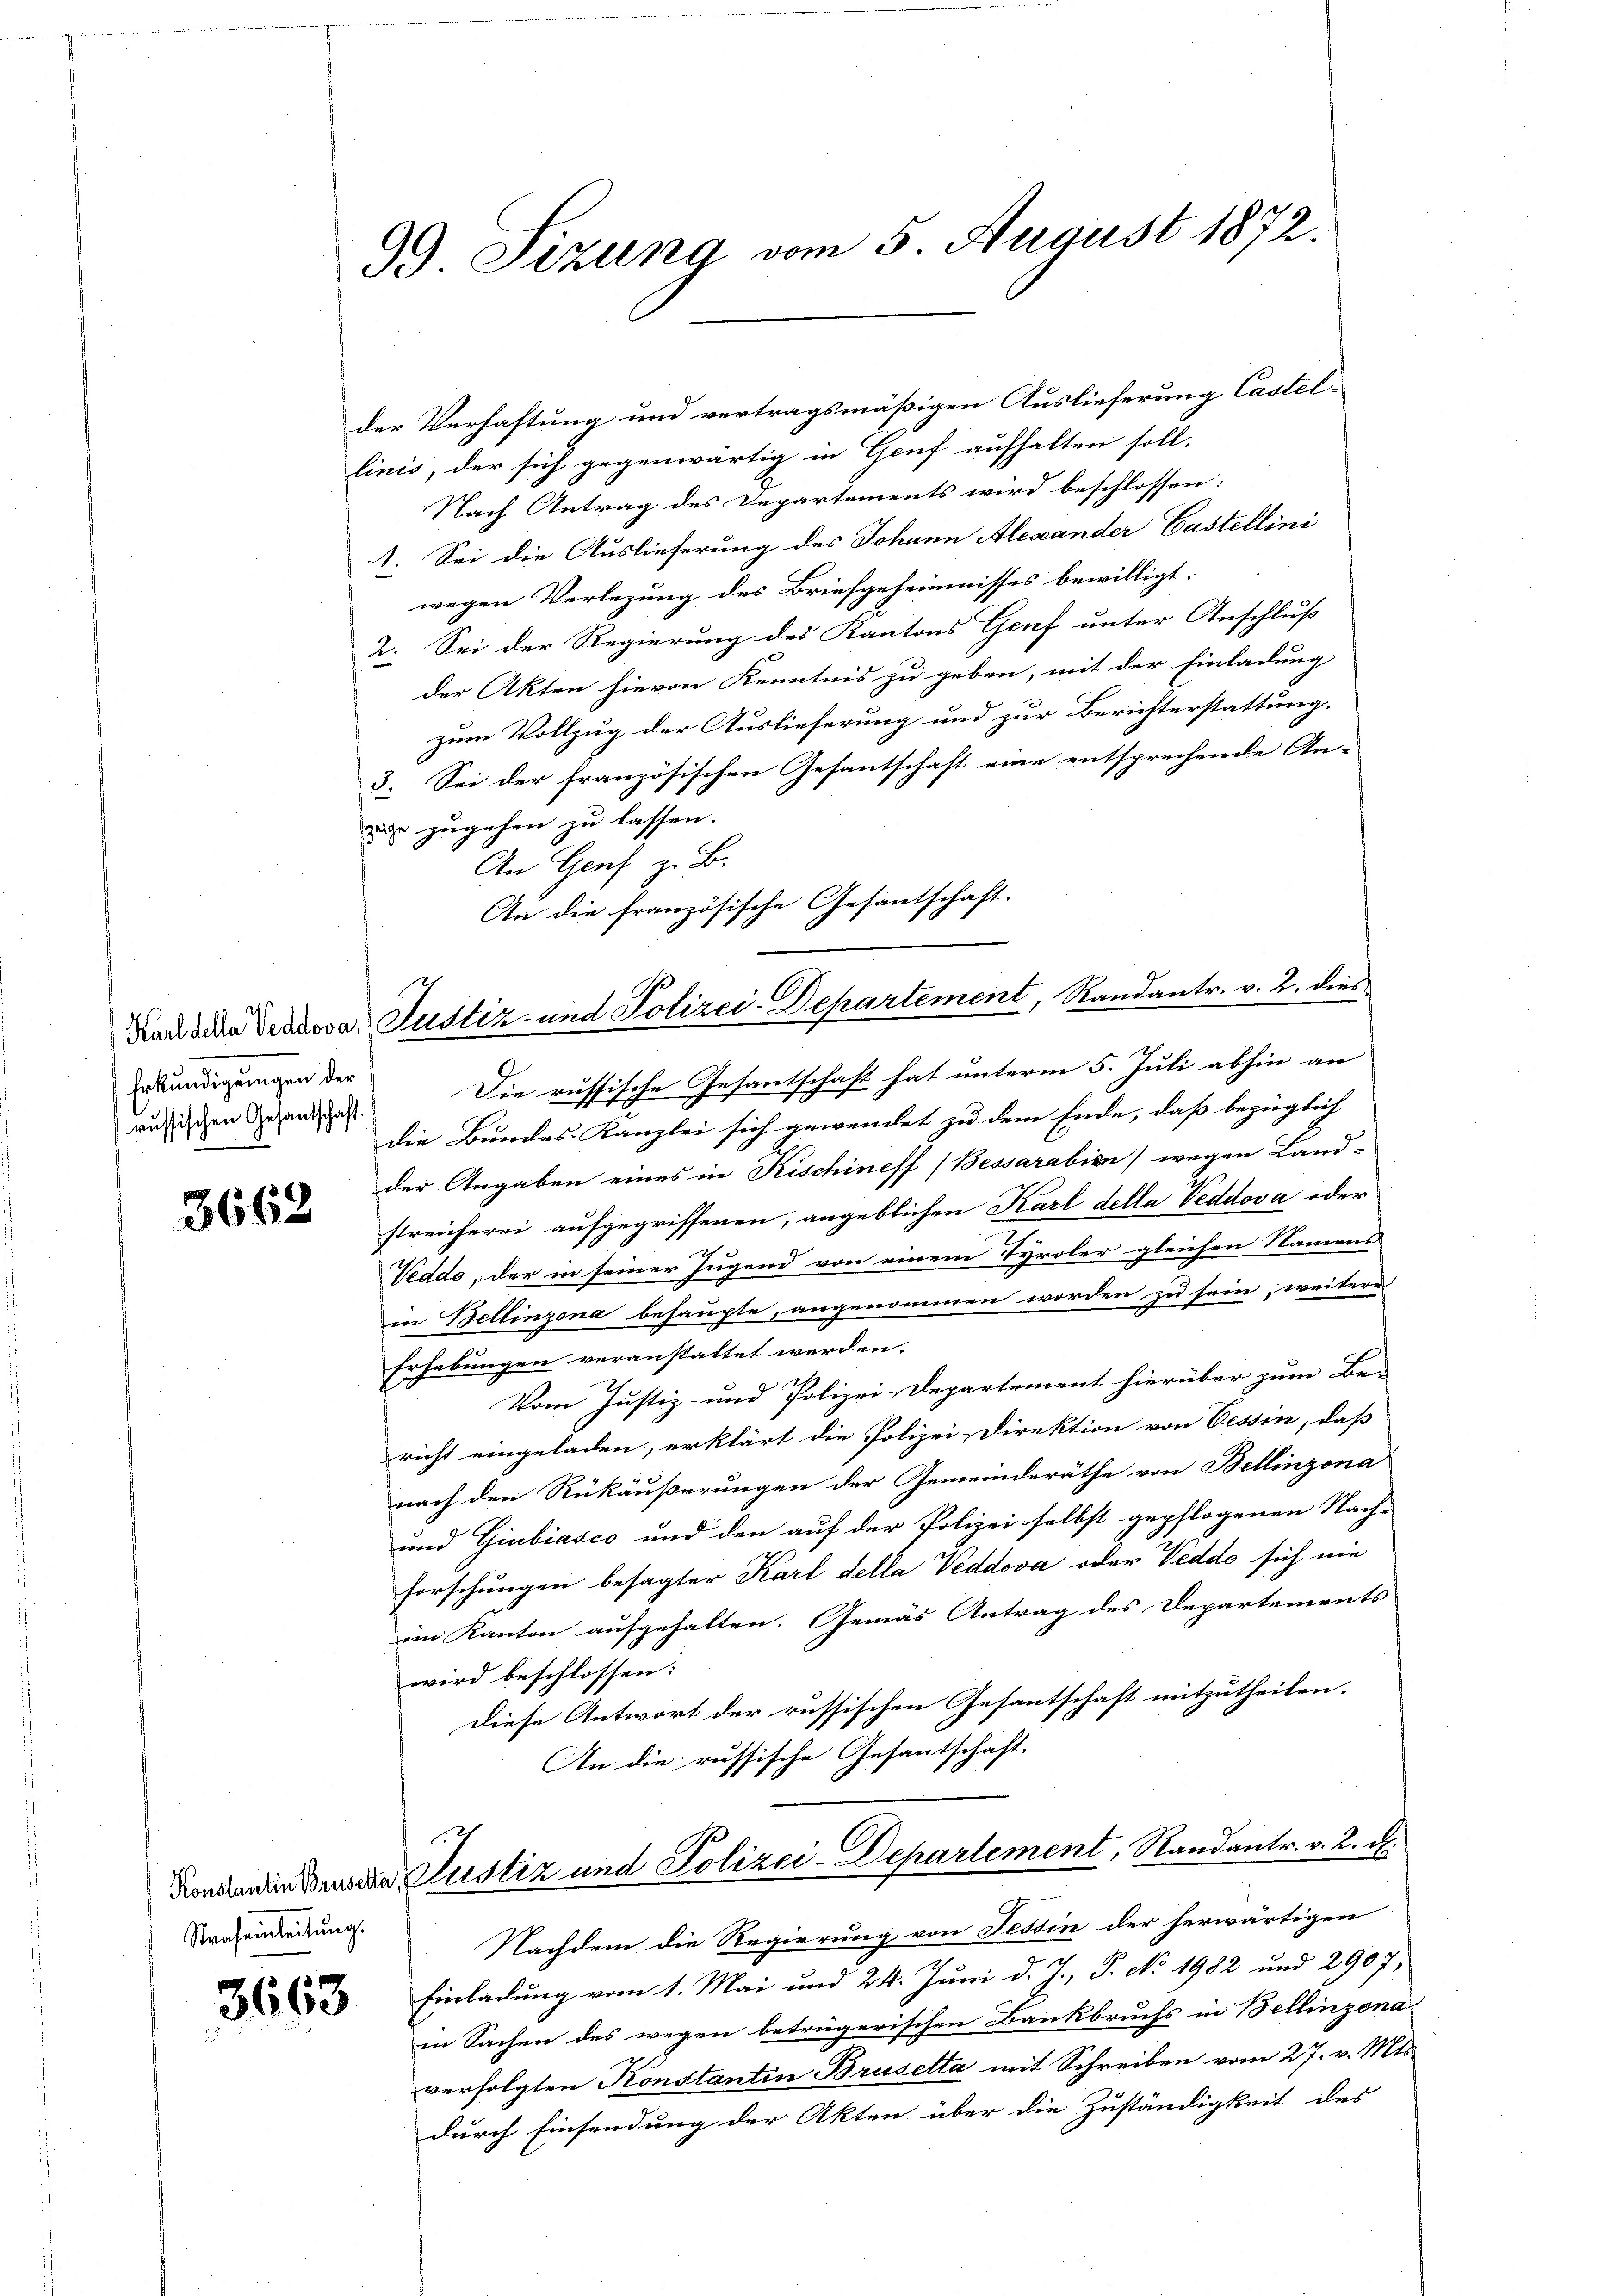
Erkundigungen der
russischen Gesandschaft.

3662

Straheinleitung.

99. Sizung vom 5. August 1872.

der Verhaftung und vertragsmäßigen Auslieferung Castellinis, der sich gegenwärtig in Genf aufhalten soll.
Nach Antrag des Departements wird beschlossen:
1. Sei die Auslieferung des Johann Alexander Castellini
wegen Verlegung des Briefgeheimnisses bewilligt:
2. Sei der Regierung des Kantons Genf unter Anschluß
der Akten hievon Kenntnis zu geben, mit der Einladung
zum Vollzug der Auslieferung und zur Berichterstattung.
3. Sei der französischen Gesantschaft eine entsprechende An-
i zugehen zu lassen.
An Genf z. B.
Die russische Gesantschaft hat unterm 5. Juli abhin an
Die Bundes-Kanzlei sich gewendet zu dem Ende, daß bezüglich
der Angaben eines in Fischineff (Bessarabien) wegen Land-
streicherei aufgegriffenen, angeblichen Karl della Veddova oder
Veddo, der in seiner Jugend von einem Tyroler gleichen Namens
in Bellinzona behaupte, angenommen worden zu sein, weitere
Erhebungen veranstattet werden.
Vom Justiz- und Polizei-Departement hierüber zum Be-
richt eingeladen, erklärt die Polizei-Direktion von Cessin, daß
nach den Rükäußerungen der Gemeinderäthe von Bellinzona
und Giubiasco und den auf der Polizei selbst gepflogenen Nach-
forschungen besagter Karl della Veddova oder Veddo sich nie
im Kanton aufgehalten. Gemäs Antrag des Departements
wird beschlossen:
Diese Antwort der russischen Gesantschaft mitzutheilen.
An die russische Gesantschaft.
Donnen der Justiz und Polizei-Departement, Randantr. v. 2. d.
Nachdem die Regierung von Tessin der herwärtigen
 Einladung vom 1. Mai und 24. Juni d. J., P. No. 1982 und 2907,
in Sachen des wegen beträgerischen Bankbruchs in Bellinzona
verfolgten Konstantin Bruselta mit Schreiben vom 27. v. Mts.
durch Einsendung der Akten über die Zuständigkeit des

An die französische Gesantschaft-
Kaudden Diakova Justiz- und Polizei-Departement, Randantr. v. 2. dies